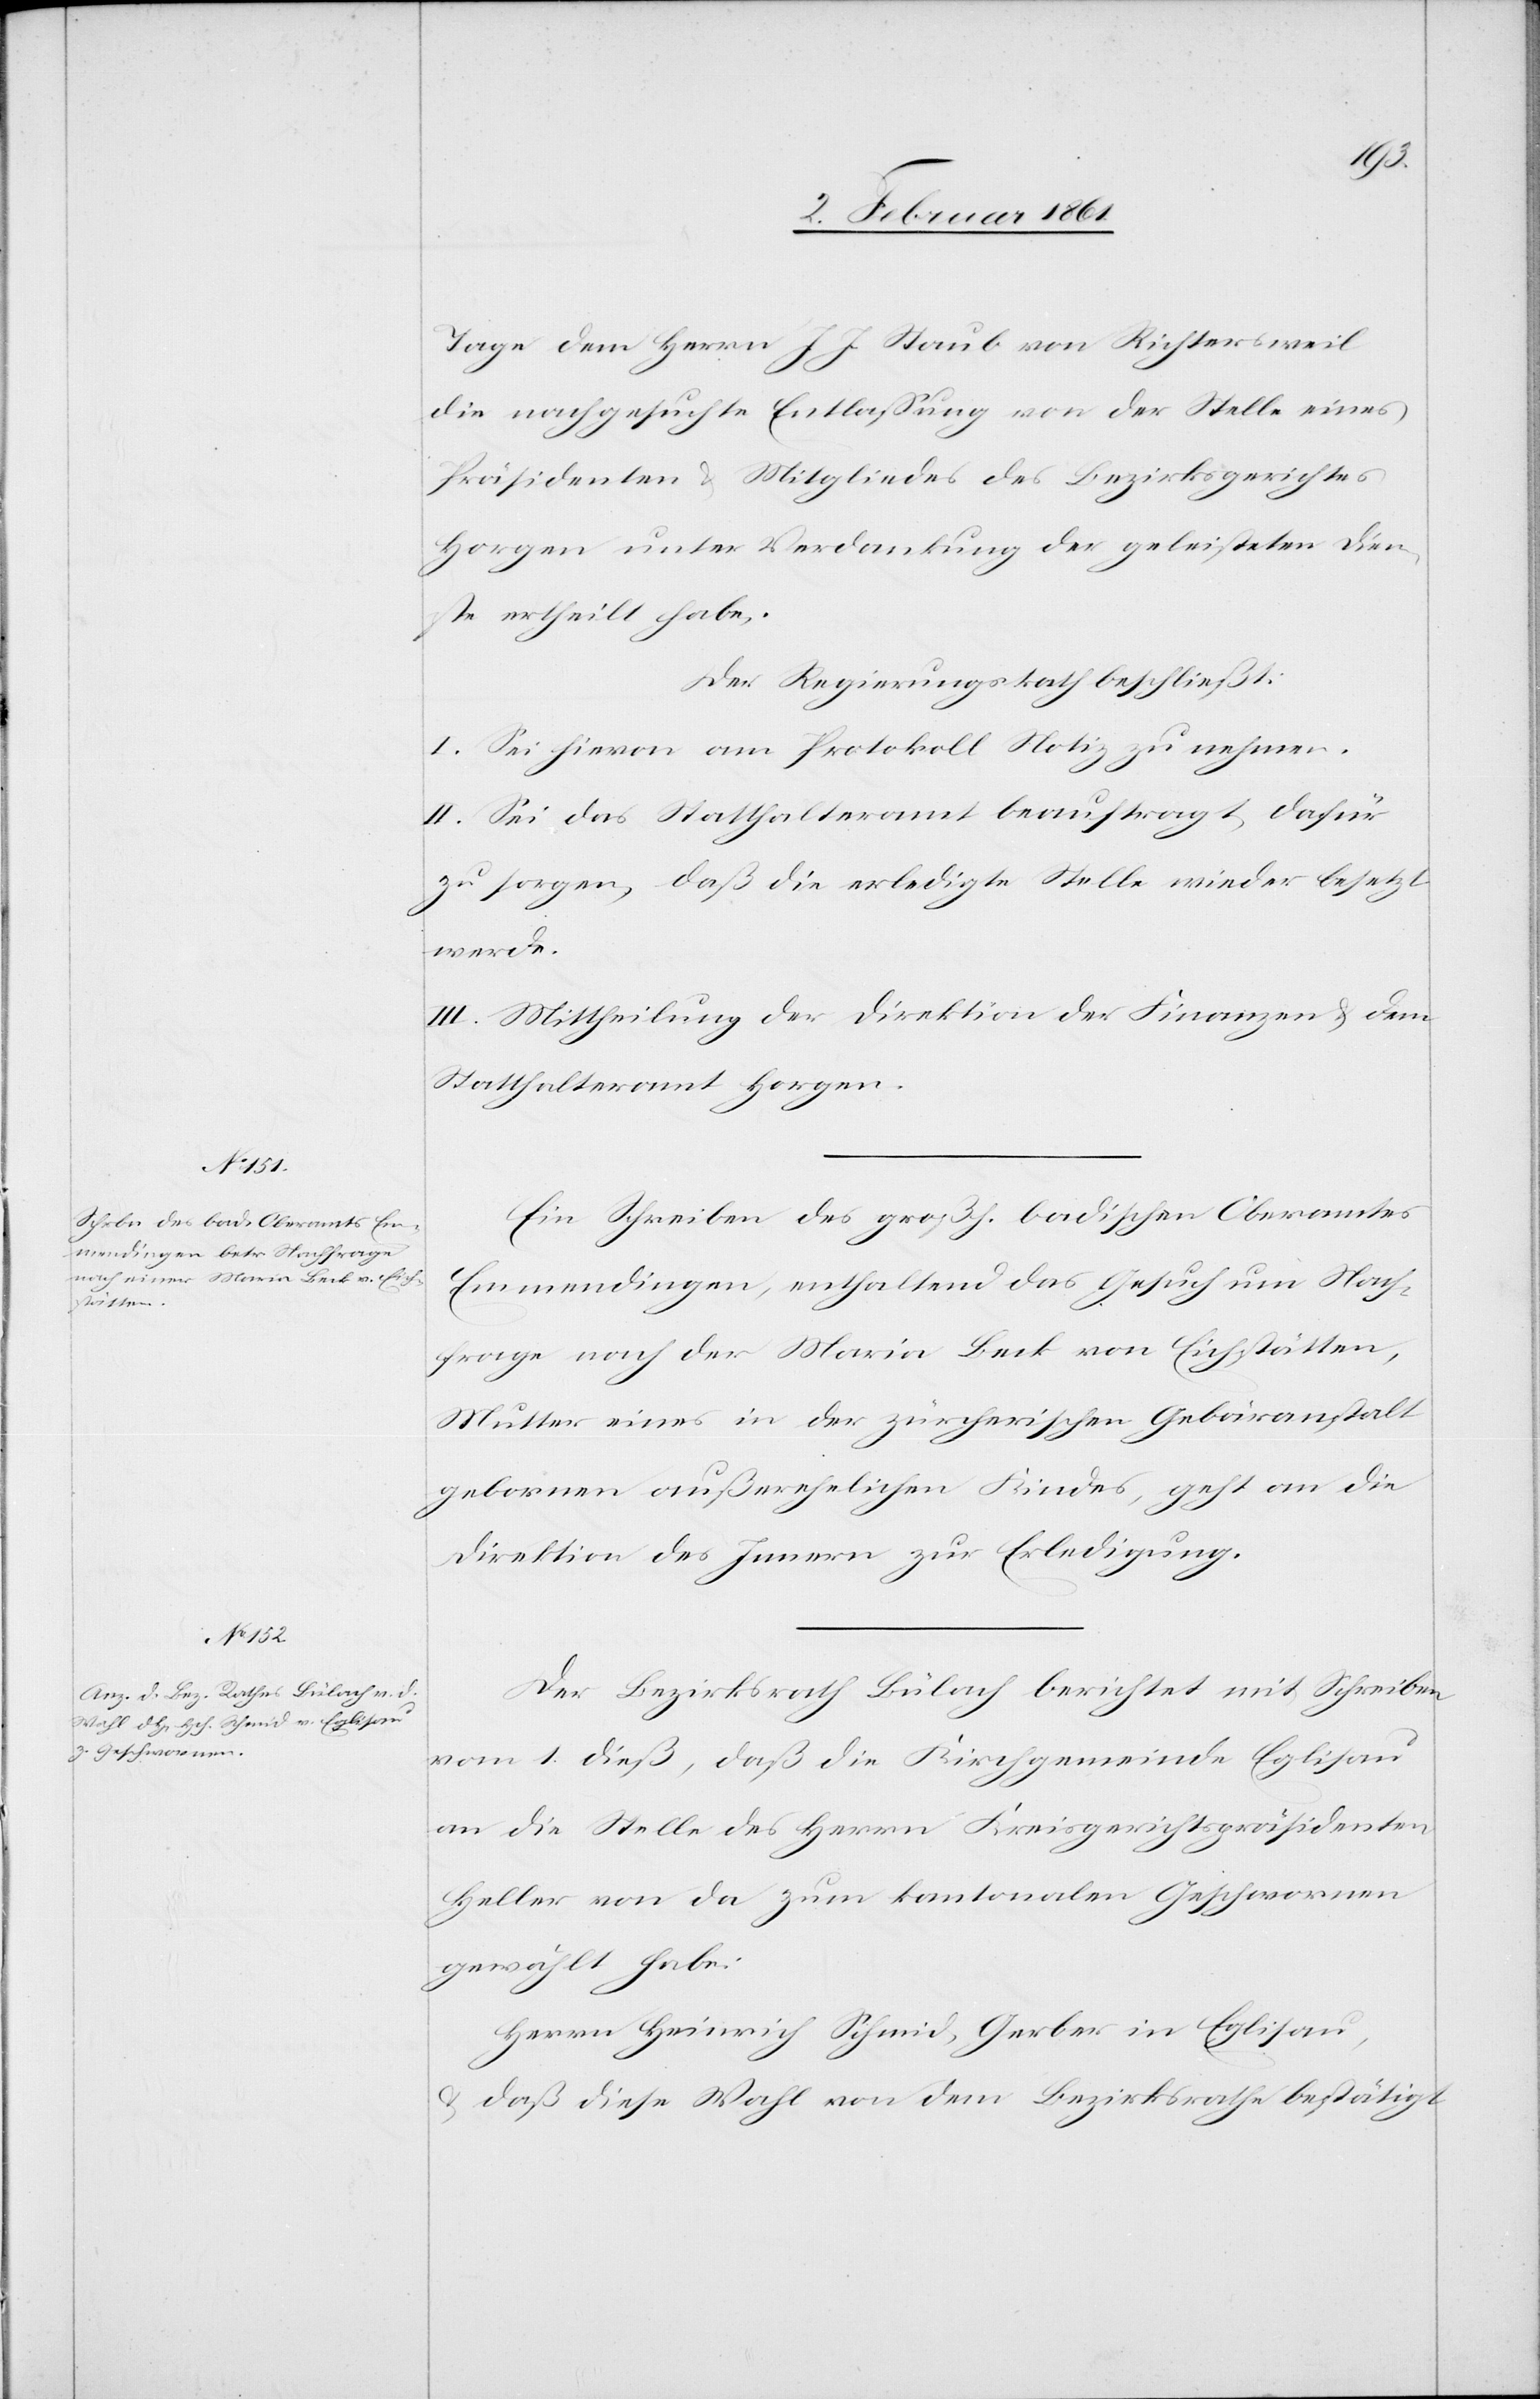
Tage dem Herrn J. J. Staub von Richtersweil
die nachgesuchte Entlassung von der Stelle eines
Präsidenten u. Mitgliedes des Bezirksgerichtes
Horgen unter Verdankung der geleisteten Dien¬
ste ertheilt habe;
Der Regierungsrath beschließt:
I. Sei hievon am Protokoll Notiz zu nehmen.
II. Sei das Statthalteramt beauftragt, dafür
zu sorgen, daß die erledigte Stelle wieder besetzt
werde.
III. Mittheilung der Direktion der Finanzen u. dem
Statthalteramt Horgen.
Ein Schreiben des großh. badischen Oberamtes
Emmendingen, enthaltend das Gesuch um Nach¬
frage nach der Marin Beck von Eichstätten,
Mutter eines in der zürcherischen Gebäranstalt
gebornen außerehelichen Kindes, geht an die
Direktion des Innern zur Erledigung.
Der Bezirksrath Bülach berichtet mit Schreiben
vom 1. dieß, daß die Kirchgemeinde Eglisau
an die Stelle des Herrn Kreisgerichtspräsidenten
Heller von da zum kantonalen Geschwornen
gewählt habe:
Herrn Heinrich Schmid, Gerber in Eglisau,
u. daß diese Wahl von dem Bezirksrathe bestätigt